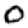
Digit: 0